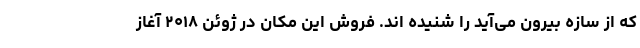
که از سازه بیرون می‌آید را شنیده اند. فروش این مکان در ژوئن ۲۰۱۸ آغاز